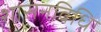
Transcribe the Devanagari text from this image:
शासनविधि